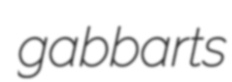
gabbarts